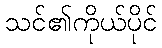
သင်၏ကိုယ်ပိုင်